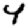
Digit: 4